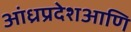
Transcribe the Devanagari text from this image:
आंध्रप्रदेशआणि